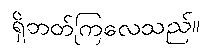
ရှိတတ်ကြလေသည်။